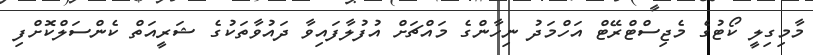
މާމިގިލީ ކޯޓުގެ މެޖިސްޓްރޭޓް އަހްމަދު ނިހާންގެ މައްޗަށް އުފުލާފައިވާ ދައުވާތަކުގެ ޝަރީއަތް ކެންސަލްކޮށްފި